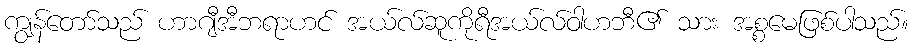
ကျွန်တော်သည် ဟာဂျီအီဘရာဟင် အယ်လ်ဆူကိုရီအယ်လ်ဝါဟဘီ၏ သား အစ္စမေဖြစ်ပါသည်။